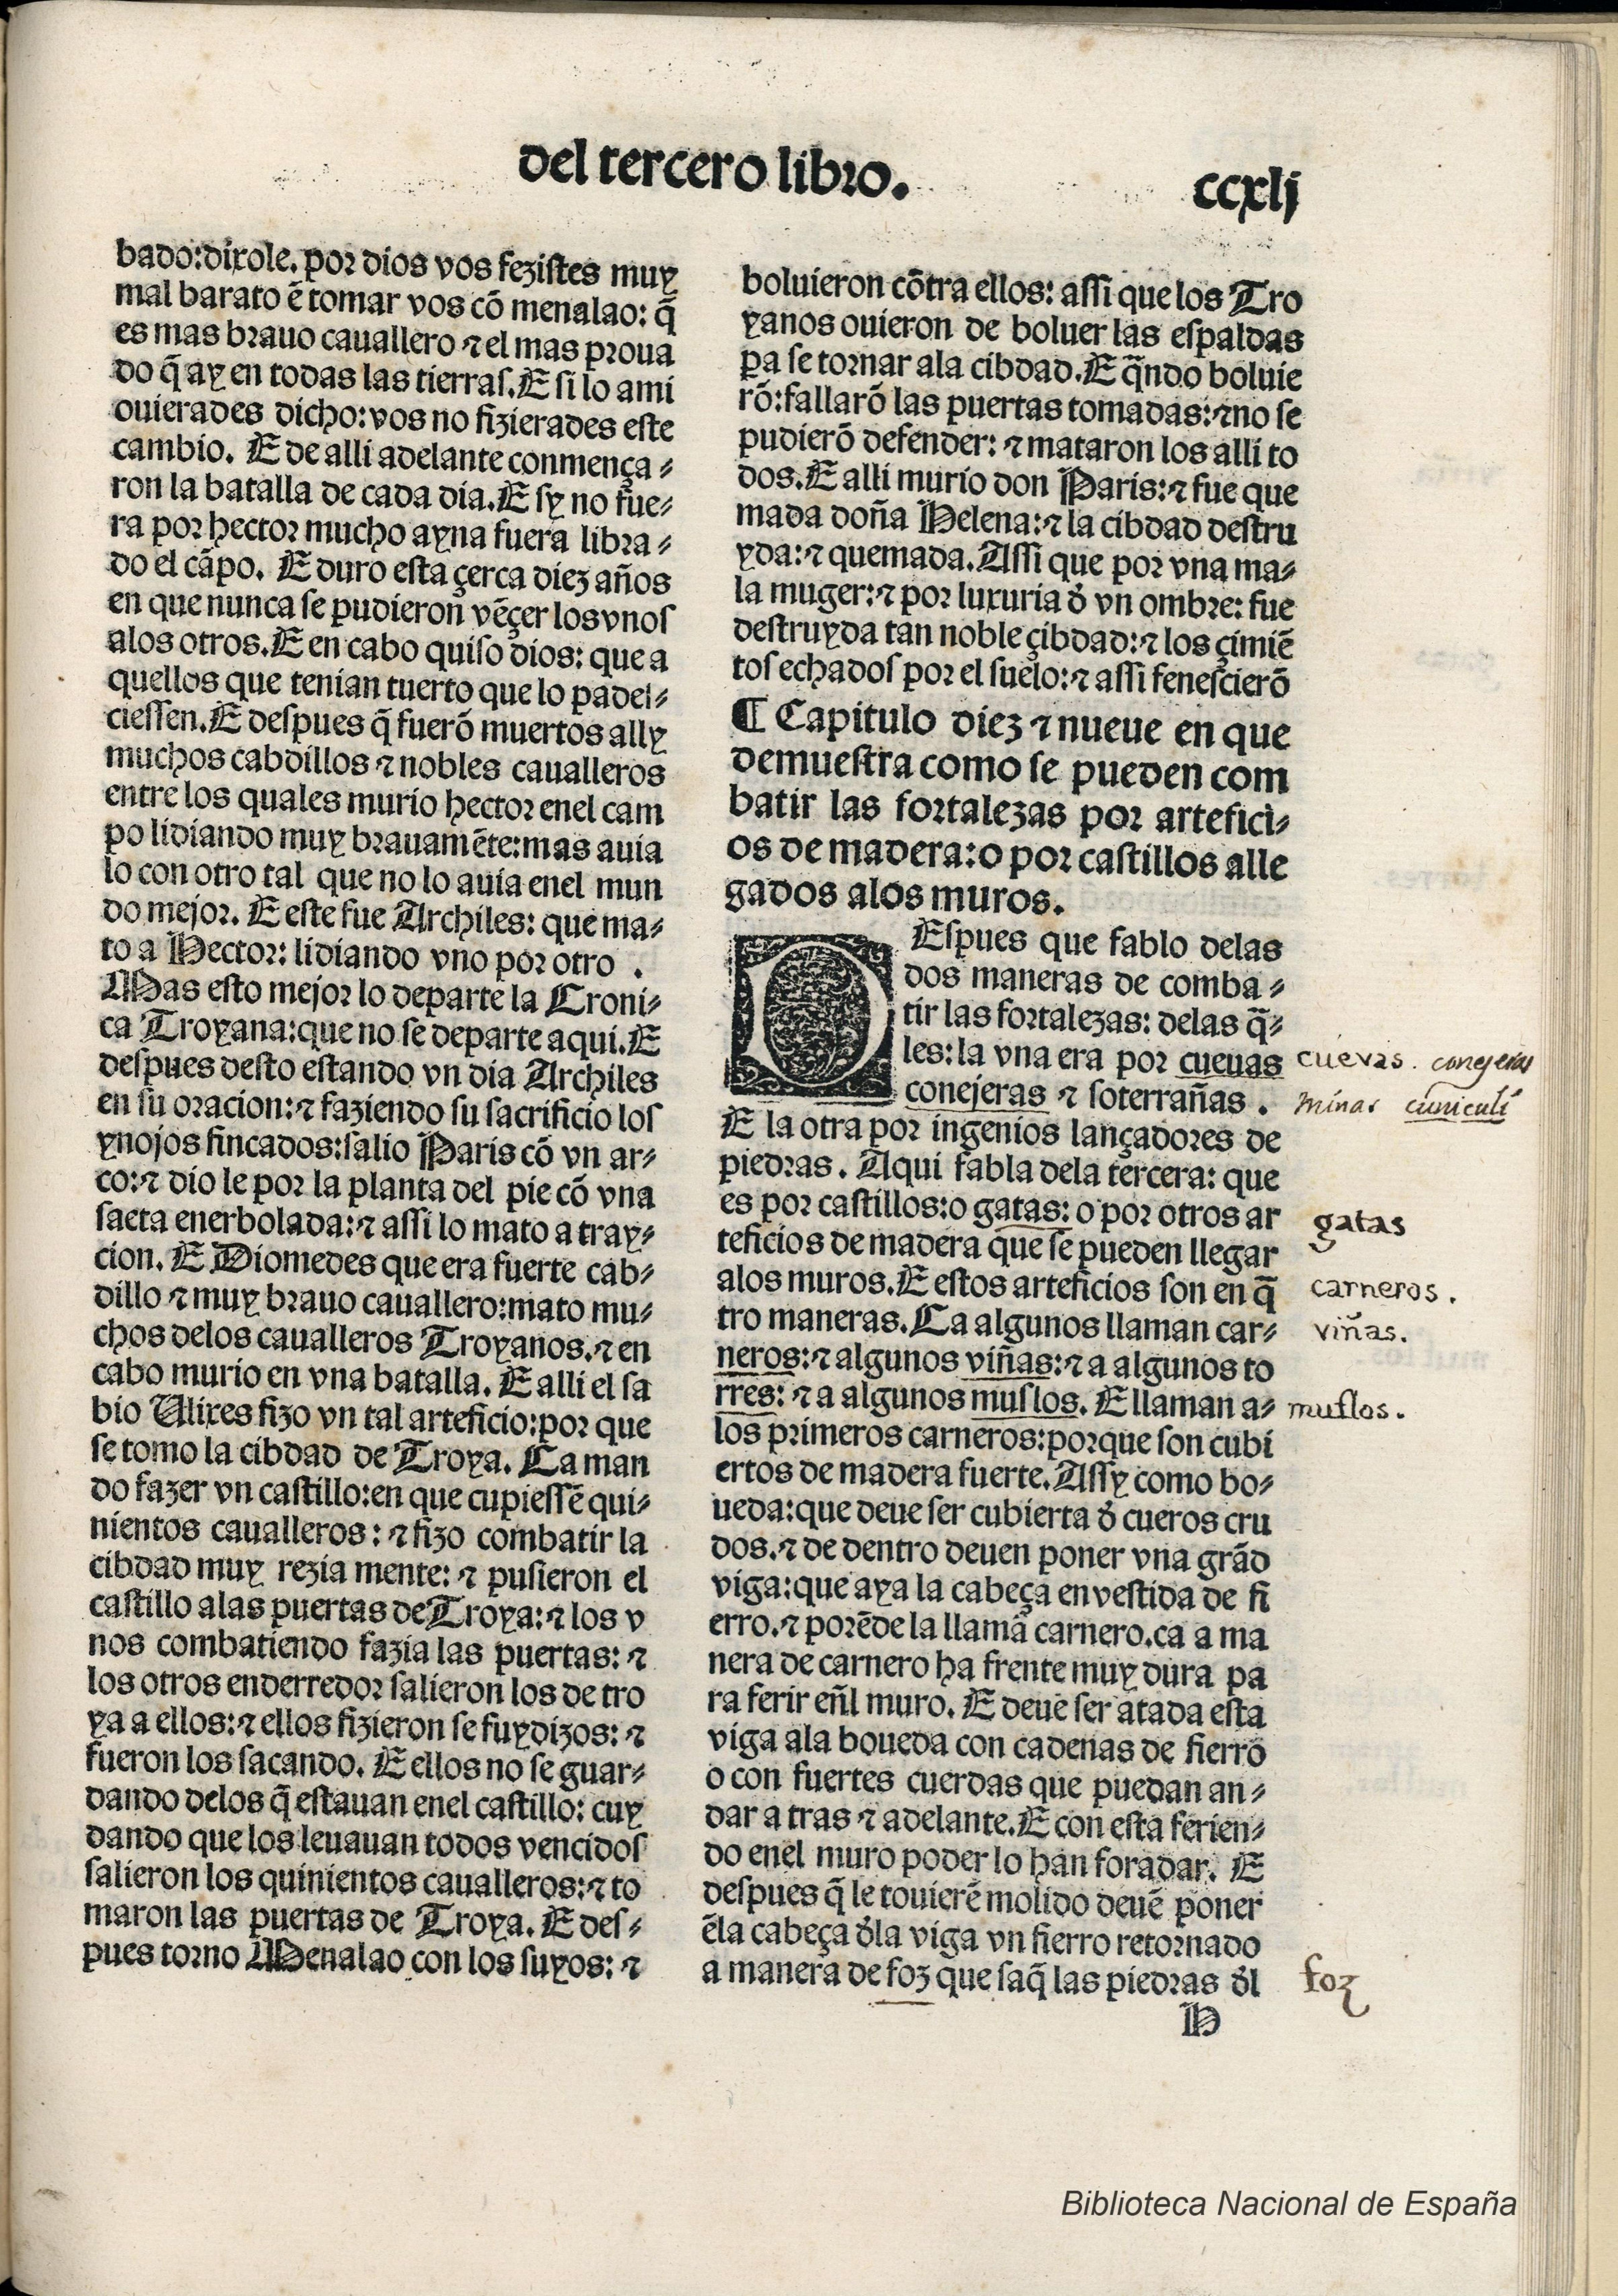
Shelfmark: Madrid, BNE, Inc. 901
Century: 15